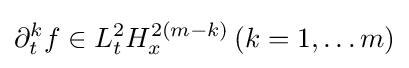
\partial _{t}^{k}f\in L_{t}^{2}H_{x}^{2(m-k)}\,(k=1,\dots m)